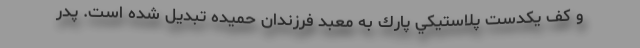
و كف يكدست پلاستيكي پارك به معبد فرزندان حميده تبديل شده است. پدر